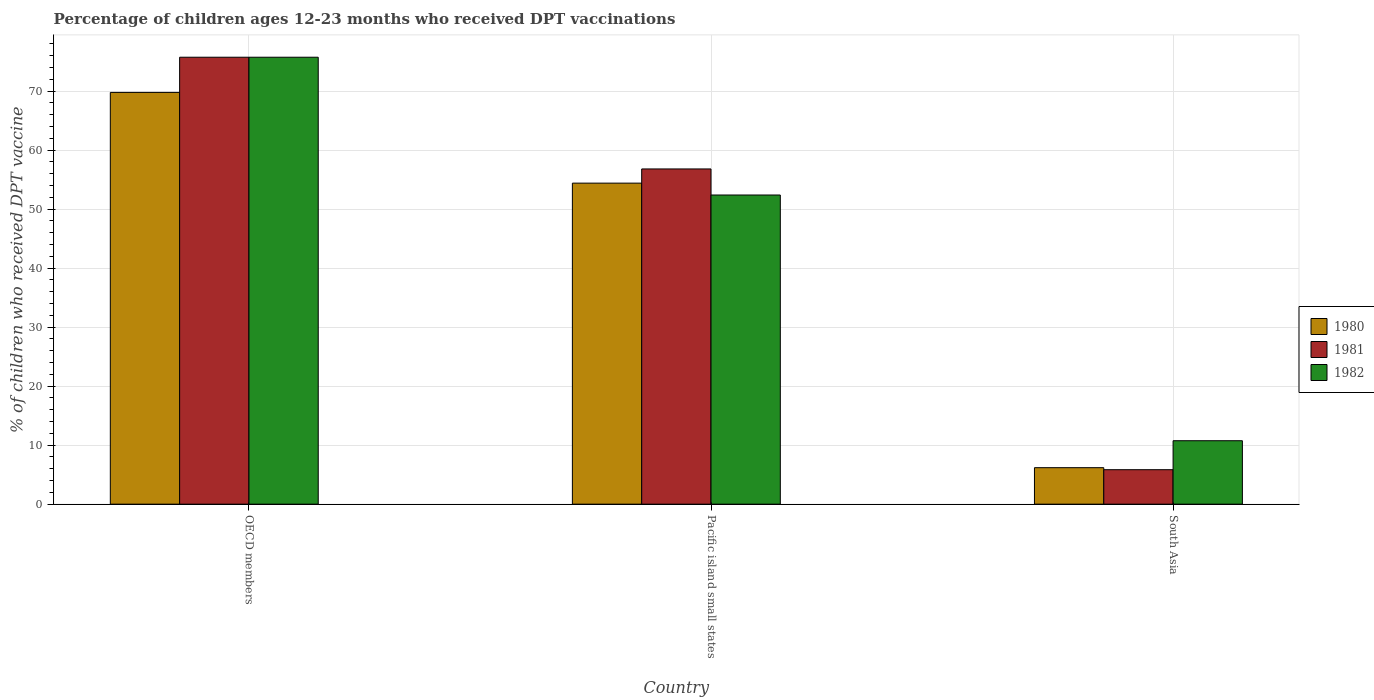
| Country | 1980 | 1981 | 1982 |
 | --- | --- | --- | --- |
 | OECD members | 69.8 | 75.7 | 75.7 |
 | Pacific island small states | 54.4 | 56.8 | 52.4 |
 | South Asia | 6.18 | 5.84 | 10.8 |